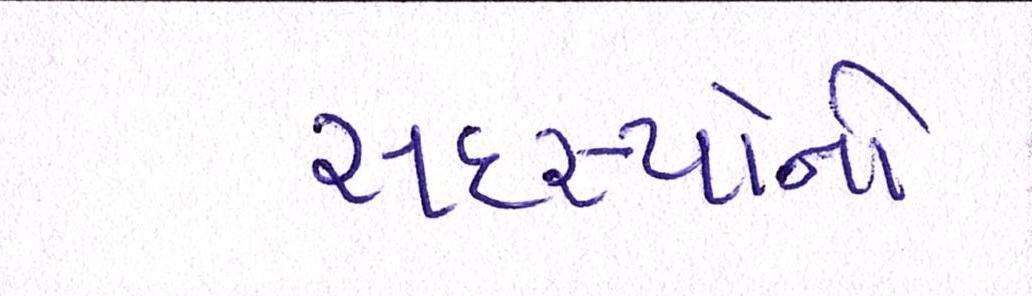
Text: સદસ્યોના